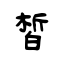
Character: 皙